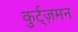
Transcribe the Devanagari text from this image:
कुर्ट्ज़मन